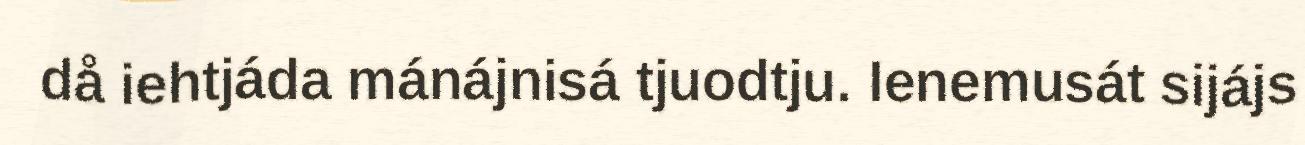
då iehtjáda mánájnisá tjuodtju. Ienemusát sijájs